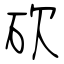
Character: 砍